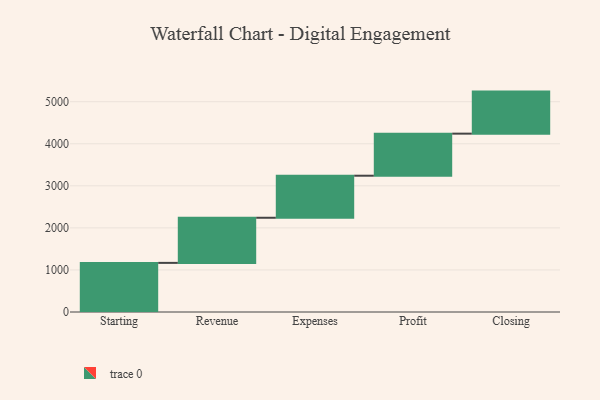
{"axis": {"x": "Step", "y": "Value"}, "legend": [""], "data": [{"x": "Starting", "y": 1168.0, "type": ""}, {"x": "Revenue", "y": 1073.0, "type": ""}, {"x": "Expenses", "y": 1000, "type": ""}, {"x": "Profit", "y": 1000, "type": ""}, {"x": "Closing", "y": 1000, "type": ""}]}